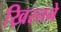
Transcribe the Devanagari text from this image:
ख्रिस्तने